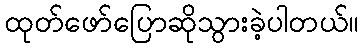
ထုတ်ဖော်ပြောဆိုသွားခဲ့ပါတယ်။